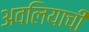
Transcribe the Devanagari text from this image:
अवलियाची